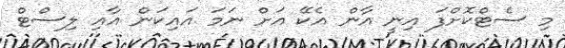
މި ސެޓްކޮށްފަ އިނީ އާން އެކޭ އަށް ނަމަ އައިކަން އާއި ލިސްޓް